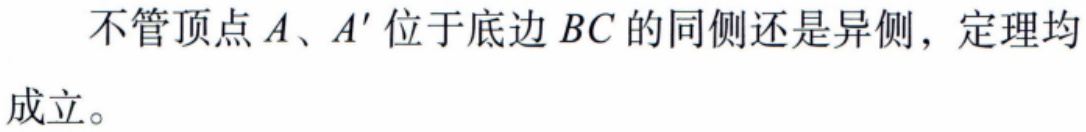
不管顶点\(A\)、\(A'\)位于底边\(BC\)的同侧还是异侧，定理均成立。